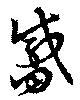
觱